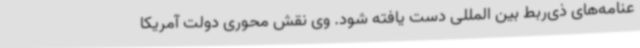
عنامه‌های ذی‌ربط بین المللی دست یافته شود. وی نقش محوری دولت آمریکا